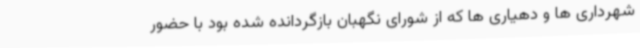
شهرداری ها و دهیاری ها که از شورای نگهبان بازگردانده شده بود با حضور